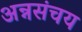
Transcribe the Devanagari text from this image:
अन्नसंचय